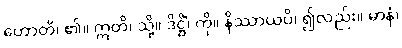
ဟောတိ၊ ၏။ ဣတိ၊ သို့။ ဒိဋ္ဌိံ၊ ကို။ နိဿာယပိ၊ ၍လည်း။ မာနံ၊